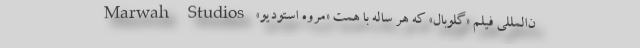
ن‌المللی فیلم «گلوبال» که هر ساله با همت «مروه استودیو» Marwah Studios